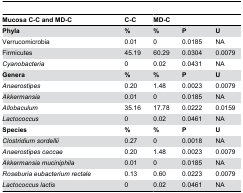
<table><thead><tr><td><b>Mucosa C-C and MD-C</b></td><td><b>C-C</b></td><td><b>MD-C</b></td><td></td><td></td></tr></thead><tbody><tr><td><b>Phyla</b></td><td><b>%</b></td><td><b>%</b></td><td><b>P</b></td><td><b>U</b></td></tr><tr><td>Verrucomicrobia</td><td>0.01</td><td>0</td><td>0.0185</td><td>NA</td></tr><tr><td>Firmicutes</td><td>45.19</td><td>60.29</td><td>0.0304</td><td>0.0079</td></tr><tr><td><i>Cyanobacteria</i></td><td>0</td><td>0.02</td><td>0.0431</td><td>NA</td></tr><tr><td><b>Genera</b></td><td><b>%</b></td><td><b>%</b></td><td><b>P</b></td><td><b>U</b></td></tr><tr><td><i>Anaerostipes</i></td><td>0.20</td><td>1.48</td><td>0.0023</td><td>0.0079</td></tr><tr><td><i>Akkermansia</i></td><td>0.01</td><td>0</td><td>0.0185</td><td>NA</td></tr><tr><td><i>Allobaculum</i></td><td>35.16</td><td>17.78</td><td>0.0222</td><td>0.0159</td></tr><tr><td><i>Lactococcus</i></td><td>0</td><td>0.02</td><td>0.0461</td><td>NA</td></tr><tr><td><b>Species</b></td><td><b>%</b></td><td><b>%</b></td><td><b>P</b></td><td><b>U</b></td></tr><tr><td><i>Clostridium</i><i>sordellii</i></td><td>0.27</td><td>0</td><td>0.0018</td><td>NA</td></tr><tr><td><i>Anaerostipes caccae</i></td><td>0.20</td><td>1.48</td><td>0.0023</td><td>0.0079</td></tr><tr><td><i>Akkermansia</i><i>muciniphila</i></td><td>0.01</td><td>0</td><td>0.0185</td><td>NA</td></tr><tr><td><i>Roseburia</i><i>eubacterium</i><i>rectale</i></td><td>0.13</td><td>0.60</td><td>0.0223</td><td>0.0079</td></tr><tr><td><i>Lactococcus lactis</i></td><td>0</td><td>0.02</td><td>0.0461</td><td>NA</td></tr></tbody></table>